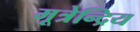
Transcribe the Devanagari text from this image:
मूत्रेन्द्रिय